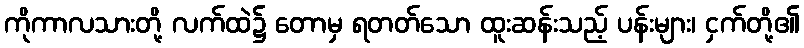
ကိုကာလသားတို့ လက်ထဲ၌ တောမှ ရတတ်သော ထူးဆန်းသည့် ပန်းများ၊ ငှက်တို့၏